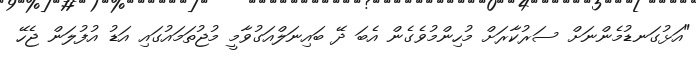
"އަޅުގަނޑުމެންނަށް ސަރުކާރަށް މުހިންމުވެގެން އެބަ ދޭ ބައިނަލްއަގުވާމީ މުޖުތަމައުގައި އަޑު އުފުލަން ޖެހޭ